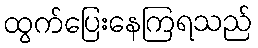
ထွက်ပြေးနေကြရသည်